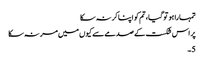
تمہارا ہو تو گیا، تم کو اپنا کر نہ سکا
پر اس شکست کے صدمے سے کیوں میں مر نہ سکا
5۔